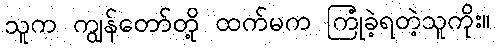
သူက ကျွန်တော်တို့ ထက်မက ကြုံခဲ့ရတဲ့သူကိုး။